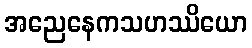
အညေနေကသဟဿိယော